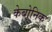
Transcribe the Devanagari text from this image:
केबोनिक